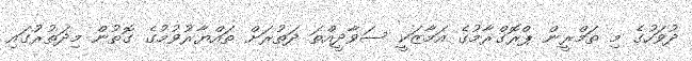
ދުވަހުގެ މި ތަމްރީން ޕްރޮގްރާމުގެ އަމާޒަކީ ސަވާދީއްތަ ދަތުރަށް ތައްޔާރުވުމުގެ ގޮތުން މިދަތުރުގައި